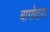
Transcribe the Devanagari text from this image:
बागोदरा